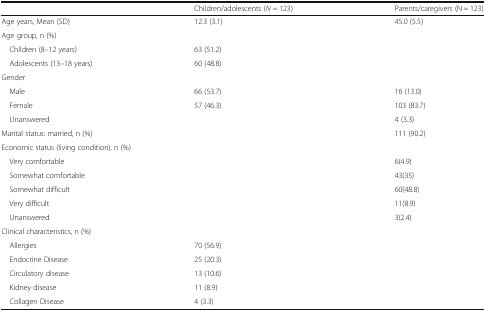
|  | Children/adolescents (N = 123) | Parents/caregivers (N = 123) |
 | --- | --- | --- |
 | Age years, Mean (SD) | 12.3 (3.1) | 45.0 (5.5) |
 | <COLSPAN=3> Age group, n (%) |
 | Children (8–12 years) | 63 (51.2) |  |
 | Adolescents (13–18 years) | 60 (48.8) |  |
 | <COLSPAN=3> Gender |
 | Male | 66 (53.7) | 16 (13.0) |
 | Female | 57 (46.3) | 103 (83.7) |
 | Unanswered |  | 4 (3.3) |
 | Marital status: married, n (%) |  | 111 (90.2) |
 | <COLSPAN=3> Economic status (living condition), n (%) |
 | Very comfortable |  | 6(4.9) |
 | Somewhat comfortable |  | 43(35) |
 | Somewhat difficult |  | 60(48.8) |
 | Very difficult |  | 11(8.9) |
 | Unanswered |  | 3(2.4) |
 | <COLSPAN=3> Clinical characteristics, n (%) |
 | Allergies | 70 (56.9) |  |
 | Endocrine Disease | 25 (20.3) |  |
 | Circulatory disease | 13 (10.6) |  |
 | Kidney disease | 11 (8.9) |  |
 | Collagen Disease | 4 (3.3) |  |